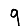
Digit: 9